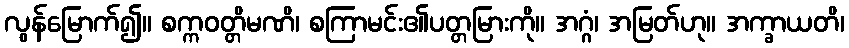
လွန်မြောက်၍။ စက္ကဝတ္တိမဏိ၊ စကြာမင်း၏ပတ္တမြားကို။ အဂ္ဂံ၊ အမြတ်ဟု။ အက္ခာယတိ၊